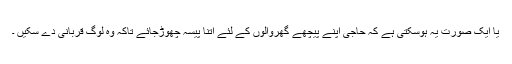
یا ایک صورت یہ ہوسکتی ہے کہ حاجی اپنے پیچھے گھروالوں کے لئے اتنا پیسہ چھوڑجائے تاکہ وہ لوگ قربانی دے سکیں ۔